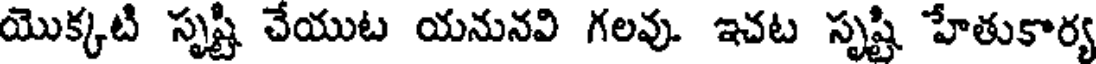
యొక్కటి సృష్టి చేయుట యనునవి గలవు. ఇచట సృష్టి హేతుకార్య